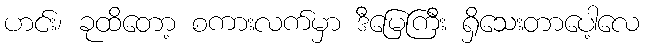
ဟင်း၊ ခုထိတော့ စကားလက်မှာ ဒီမြေကြီး ရှိသေးတာပေါ့လေ